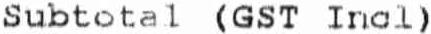
SUBTOTAL (GST INCL)